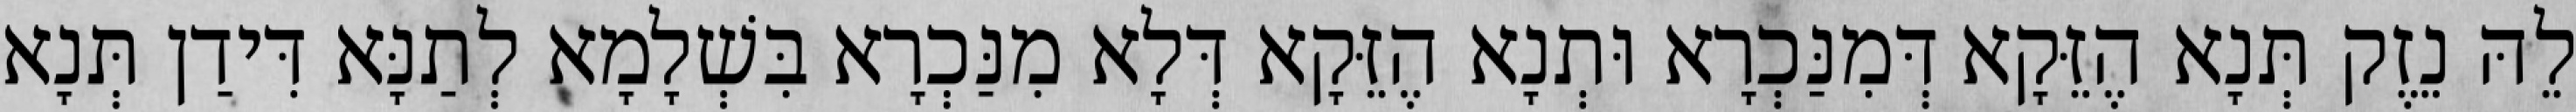
לֵהּ נֵזֶק תְּנָא הֶזֵּקָא דְּמִנַּכְרָא וּתְנָא הֶזֵּקָא דְּלָא מִנַּכְרָא בִּשְׁלָמָא לְתַנָּא דִּידַן תְּנָא